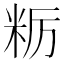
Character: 粝